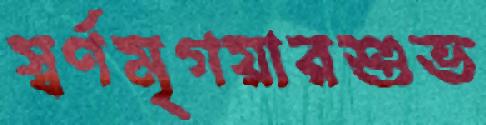
স্বর্ণমৃগয়ারশুভ